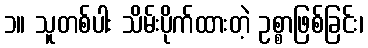
၁။ သူတစ်ပါး သိမ်းပိုက်ထားတဲ့ ဥစ္စာဖြစ်ခြင်း၊